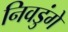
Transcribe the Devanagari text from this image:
निवडुंगे